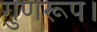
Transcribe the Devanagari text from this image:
गुणरूप।